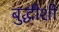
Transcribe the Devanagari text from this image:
बुद्धीशी